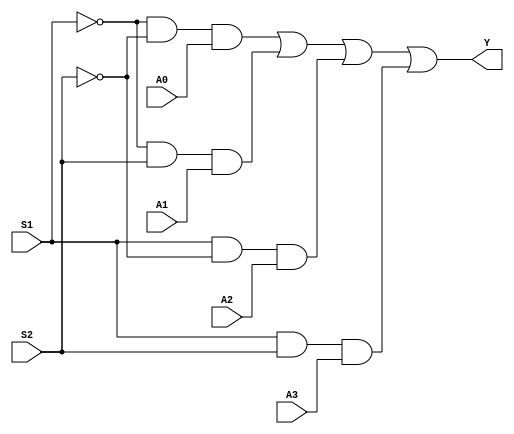
module mux4to1(A0, A1, A2, A3, S1, S2, Y);
input A0, A1, A2, A3, S1, S2; 
output Y; 
wire w1, w2, w3, w4, w5, w6; 

not a1(w1, S1);
not a2(w2, S2);
and a3(w3, w1, w2, A0);
and a4(w4, w1, S2, A1);
and a5(w5, S1, w2, A2);
and a6(w6, S1, S2, A3);
or a7(Y, w3, w4, w5, w6);

endmodule

module testMux4to1;
reg A0, A1, A2, A3, S1, S2; 
wire Y; 

mux4to1 i(A0, A1, A2, A3, S1, S2, Y);

initial
    begin
        S1 = 1'b0; 
        S2 = 1'b0;
        A0 = 1'b0; 
        A1 = 1'b0; 
        A2 = 1'b0; 
        A3 = 1'b0; 

        $monitor("Time = %0t, S1 = %b , S2 = %b , A0 = %b , A1 = %b , A2 = %b , A3 = %b , Y = %b", $time , S1, S2, A0, A1, A2, A3, Y);
        #5 S1=1'b0; S2=1'b0; A0=1'b1;
        #5 S1=1'b0; S2=1'b1; A1=1'b0;
        #5 S1=1'b0; S2=1'b1; A1=1'b1;
        #5 S1=1'b1; S2=1'b0; A2=1'b0;
        #5 S1=1'b1; S2=1'b0; A2=1'b1;
        #5 S1=1'b1; S2=1'b1; A3=1'b0;
        #5 S1=1'b1; S2=1'b1; A3=1'b1;
    
    end
endmodule